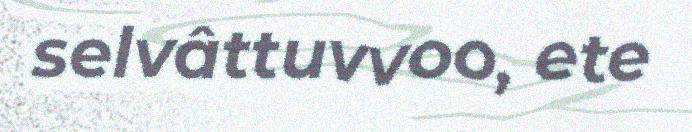
selvâttuvvoo, ete